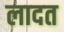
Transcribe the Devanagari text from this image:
लादत